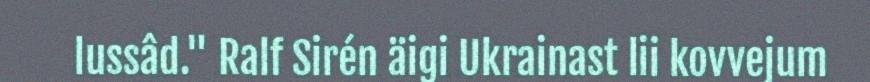
lussâd." Ralf Sirén äigi Ukrainast lii kovvejum